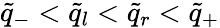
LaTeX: \tilde{q}_{-}<\tilde{q}_{l}<\tilde{q}_{r}<\tilde{q}_{+}